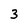
Character: 3